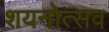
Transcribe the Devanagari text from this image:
शयनोत्सव